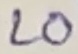
Text: LO